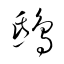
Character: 鴟